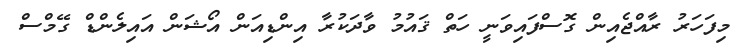
މިފަހަރު ރާއްޖެއިން ގޮސްފައިވަނީ ހަތް ޤައުމު ވާދަކުރާ އިންޑިއަން އޯޝަން އައިލެންޑް ގޭމްސް